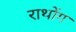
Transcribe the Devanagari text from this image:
राथोंग